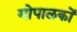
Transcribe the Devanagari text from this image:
गोपालकों